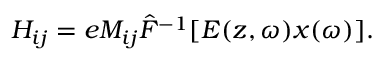
H _ { i j } = e M _ { i j } \hat { F } ^ { - 1 } [ E ( z , \omega ) x ( \omega ) ] .